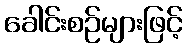
ခေါင်းစဉ်များဖြင့်